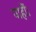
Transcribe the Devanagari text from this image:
पाहीं।